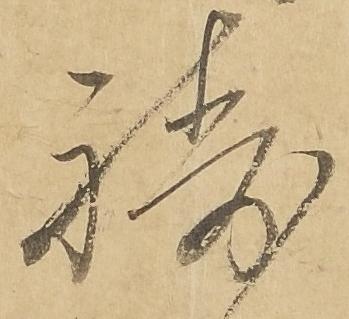
祷